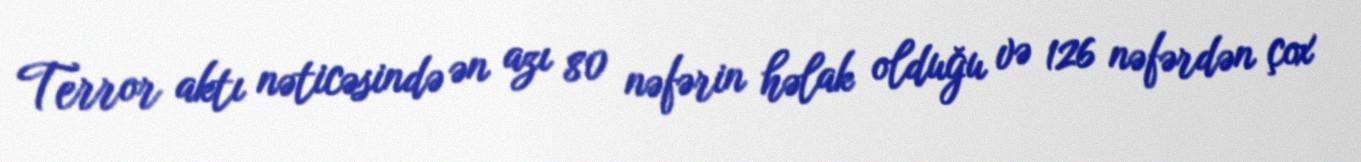
Terror aktı nəticəsində ən azı 80 nəfərin həlak olduğu və 126 nəfərdən çox